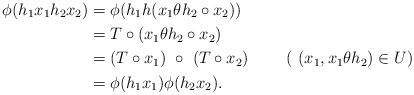
LaTeX: \begin{align*} \phi(h_1x_1h_2x_2) & = \phi(h_1h(x_1{\theta} h_2\circ x_2))~\\ & = T\circ (x_1{\theta} h_2\circ x_2)\\ & = (T\circ x_1)~\circ~(T\circ x_2)~~~~~~~(~(x_1, x_1{\theta} h_2) \in U)\\ & = \phi (h_1x_1)\phi (h_2x_2).\end{align*}